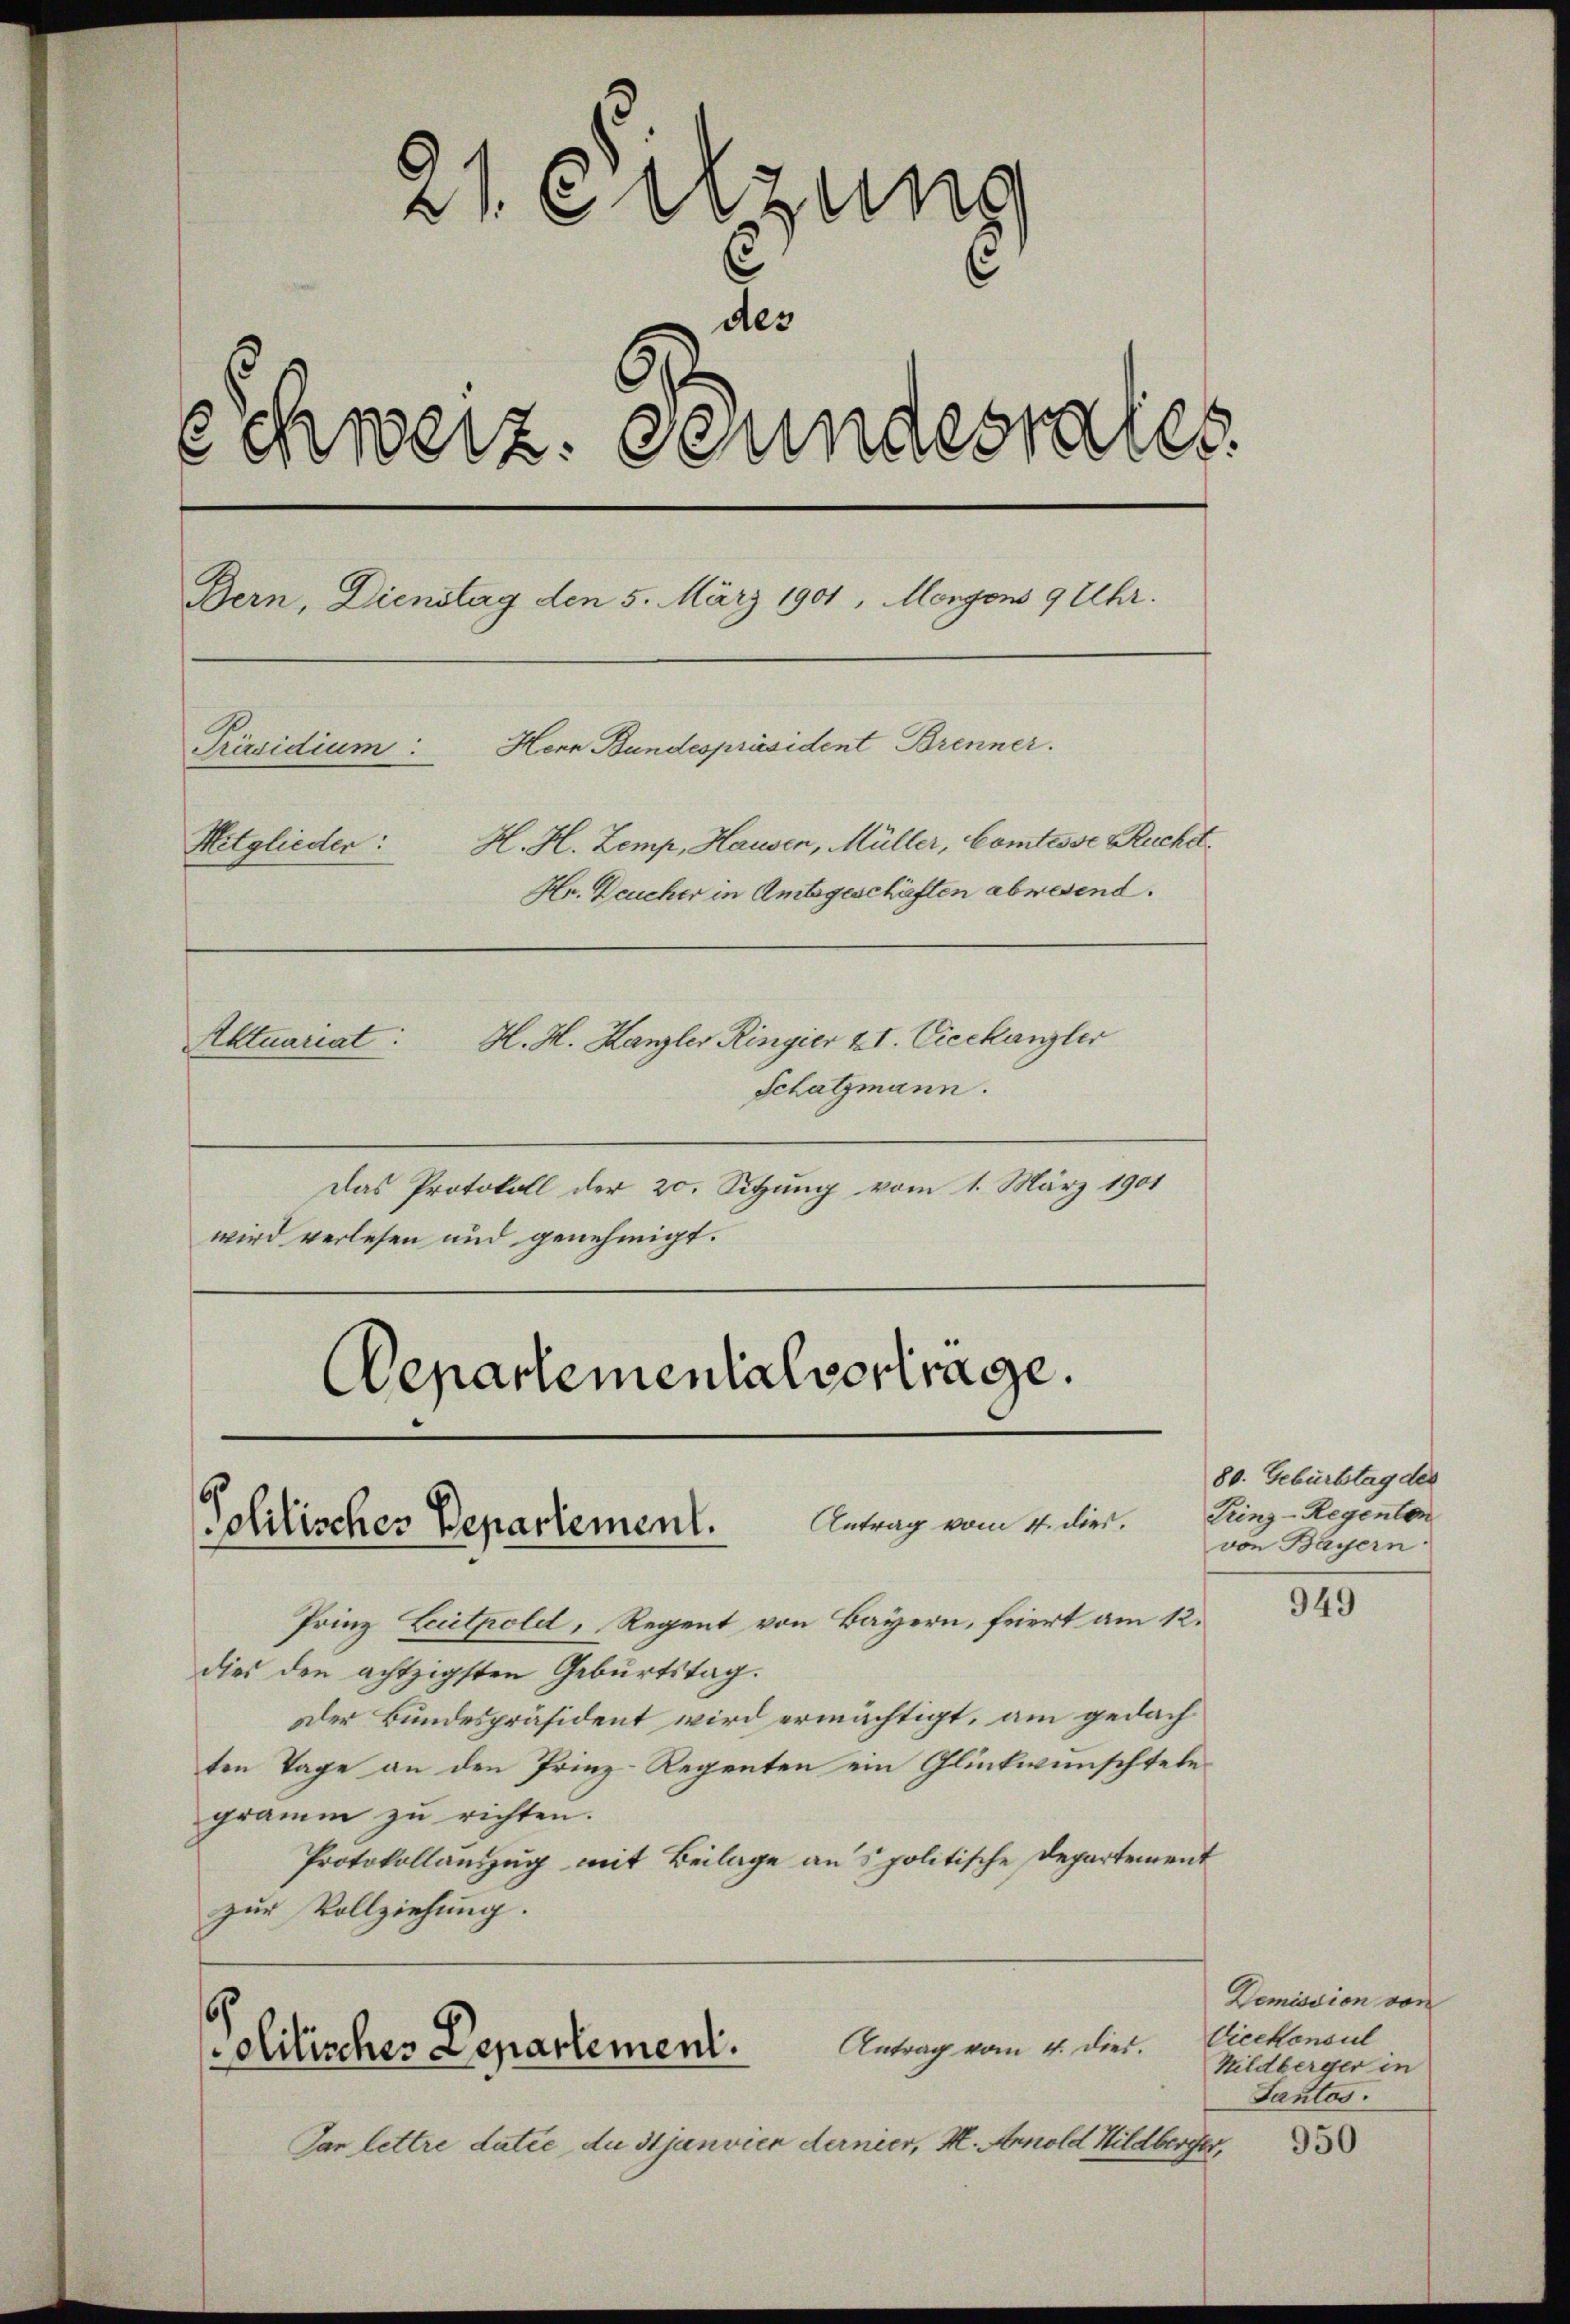
21. eitzung
des
Schweiz. Bundesrates
Bern, Dienstag den 5. März 1901, Morgens 9 Uhr.
Hern Bundespräsident Brenner.
Präsidium:
H. H. Zemp, Hausen, Müller, Comtesse Ruchet.
Mitglieder:
Hr. Deucher in Amtsgeschäften abwesend.
H. H. Kanzler Ringier XI. Vieckanzler
Aktuariat:
Schatzmann.

Das Protokoll der 20. Sitzung vom 1. März 1901
wird verlesen und genehmigt.
Departementalvertrage.

Antrag vom 4. dies.
Politisches Departement.

6
Antrag vom 4. dies.
dlilisches Departement.

Prinz Leithold, Regent von Bayern, feiert am 12.
dies den achtzigsten Geburtstag.
Der Bundespräsident wird ermächtigt, am gedach
ten Tage an den Prinz-Regenten ein Glückwünschtebegramm zu richten.
Protokollauszug mit Beilage ans politische Departement
zur Vollziehung.

Par lettre datie du Hjanvier dernier, M. Arnold Hildberger,

80. Geburtstag des
Linz-Regenten
von Bayern

949

Demission von
Vicekonsul
Kildberger in
Tantos.
950